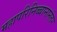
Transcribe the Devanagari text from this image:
महापरिनिब्बानानंतर